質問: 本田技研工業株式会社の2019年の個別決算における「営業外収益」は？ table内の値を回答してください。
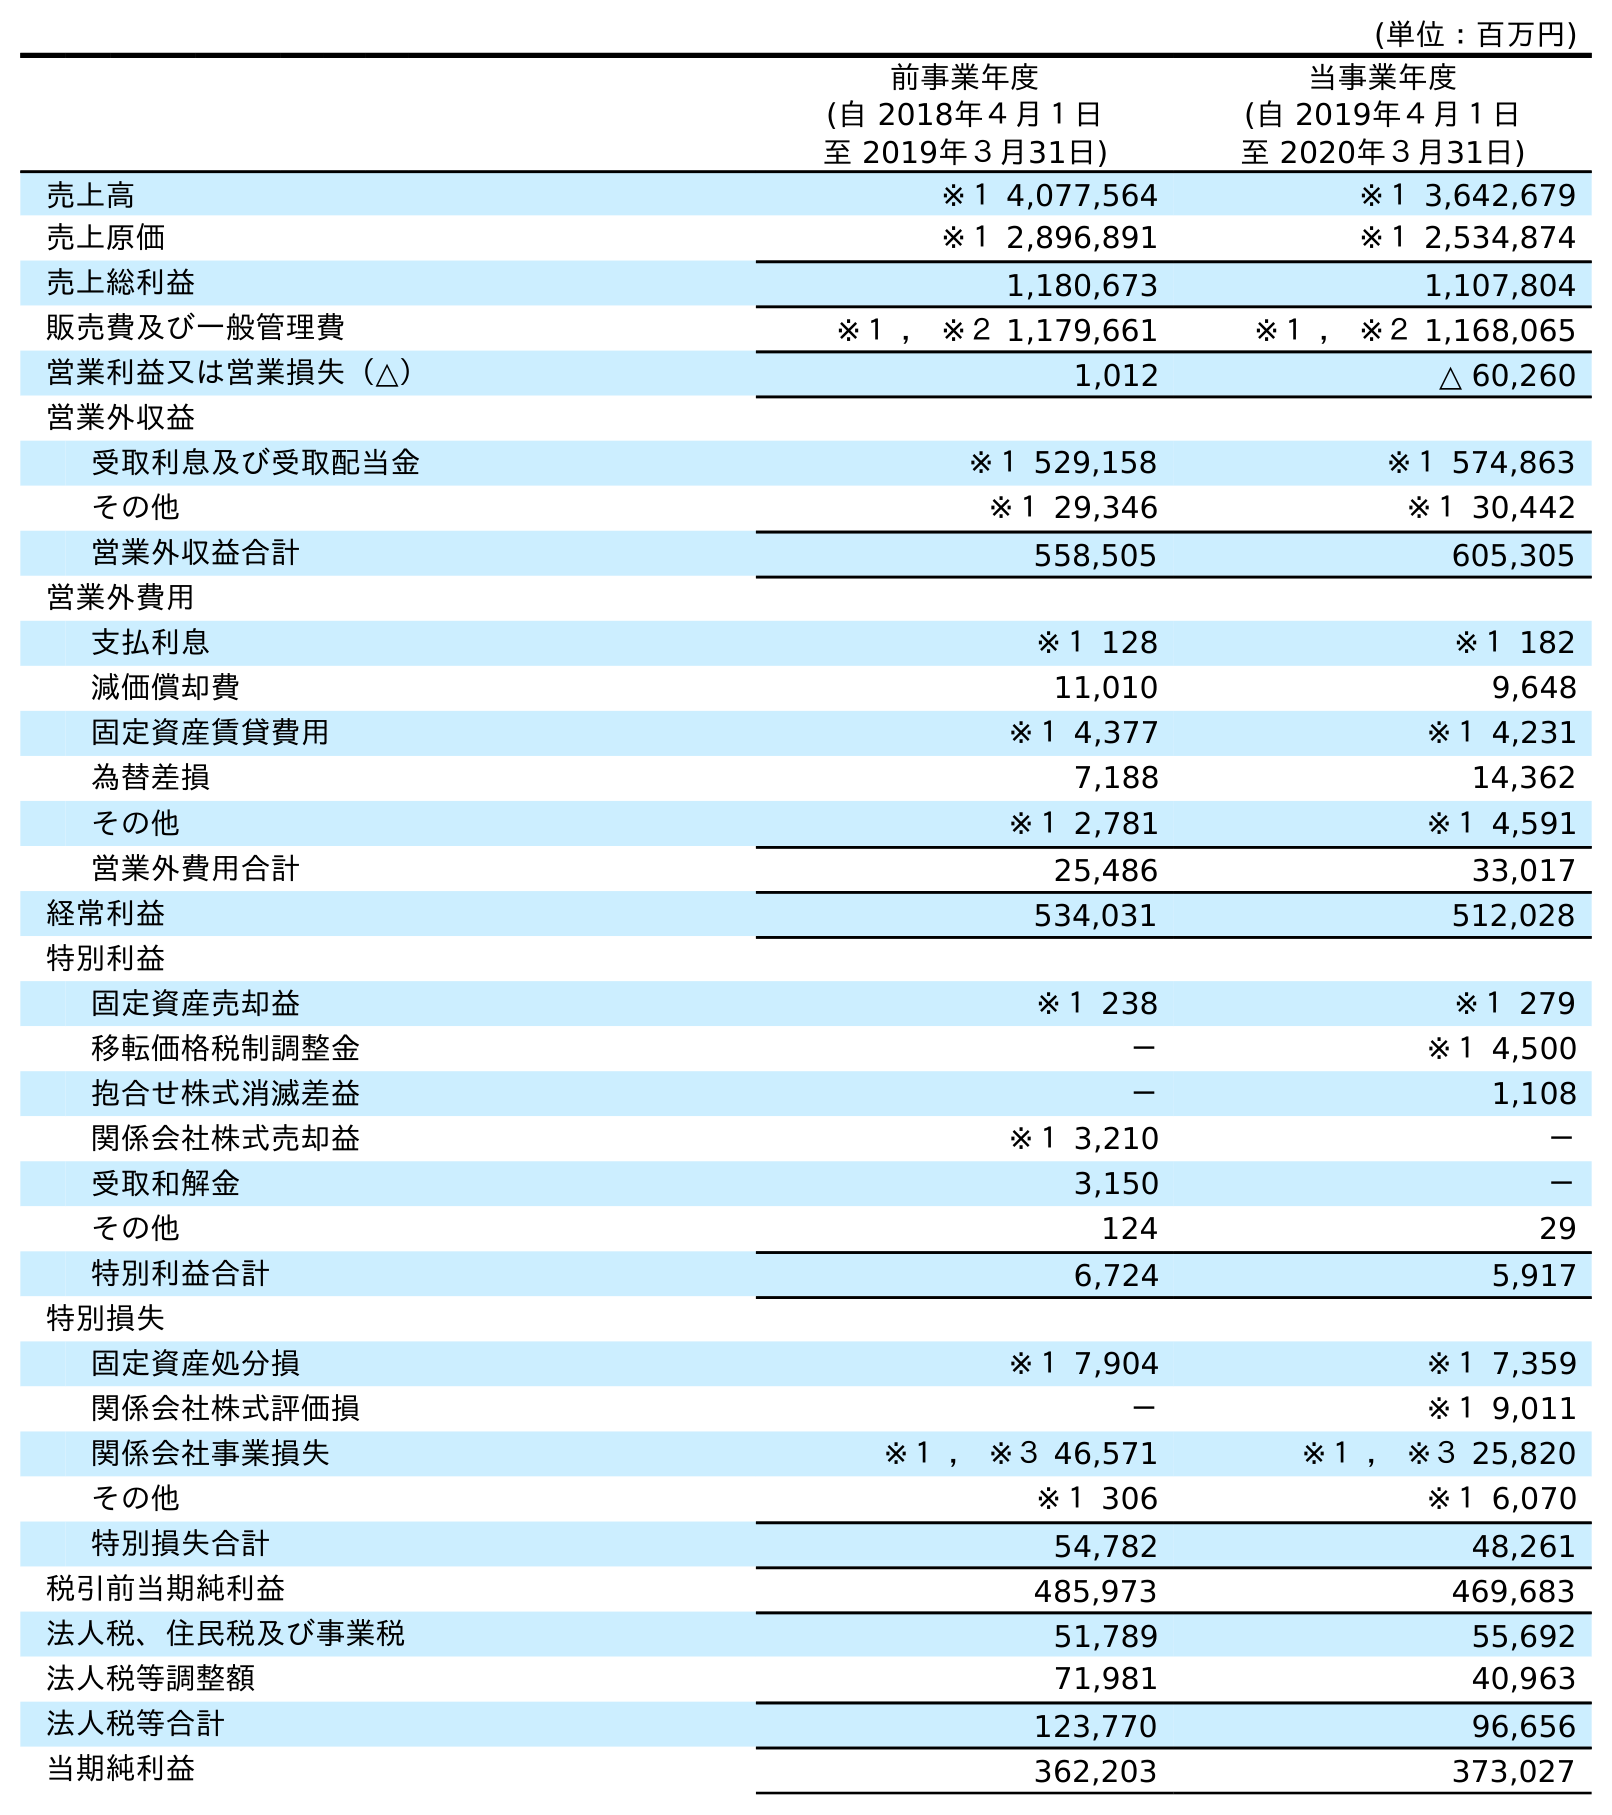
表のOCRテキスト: (単位：百万円) 前事業年度 (自 2018年４月１日 至 2019年３月31日) 当事業年度 (自 2019年４月１日 至 2020年３月31日) 売上高 ※１ 4,077,564 ※１ 3,642,679 売上原価 ※１ 2,896,891 ※１ 2,534,874 売上総利益 1,180,673 1,107,804 販売費及び一般管理費 ※１ ， ※２ 1,179,661 ※１ ， ※２ 1,168,065 営業利益又は営業損失（△） 1,012 △ 60,260 営業外収益 受取利息及び受取配当金 ※１ 529,158 ※１ 574,863 その他 ※１ 29,346 ※１ 30,442 営業外収益合計 558,505 605,305 営業外費用 支払利息 ※１ 128 ※１ 182 減価償却費 11,010 9,648 固定資産賃貸費用 ※１ 4,377 ※１ 4,231 為替差損 7,188 14,362 その他 ※１ 2,781 ※１ 4,591 営業外費用合計 25,486 33,017 経常利益 534,031 512,028 特別利益 固定資産売却益 ※１ 238 ※１ 279 移転価格税制調整金 － ※１ 4,500 抱合せ株式消滅差益 － 1,108 関係会社株式売却益 ※１ 3,210 － 受取和解金 3,150 － その他 124 29 特別利益合計 6,724 5,917 特別損失 固定資産処分損 ※１ 7,904 ※１ 7,359 関係会社株式評価損 － ※１ 9,011 関係会社事業損失 ※１ ， ※３ 46,571 ※１ ， ※３ 25,820 その他 ※１ 306 ※１ 6,070 特別損失合計 54,782 48,261 税引前当期純利益 485,973 469,683 法人税、住民税及び事業税 51,789 55,692 法人税等調整額 71,981 40,963 法人税等合計 123,770 96,656 当期純利益 362,203 373,027
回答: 558,505